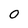
Character: 0